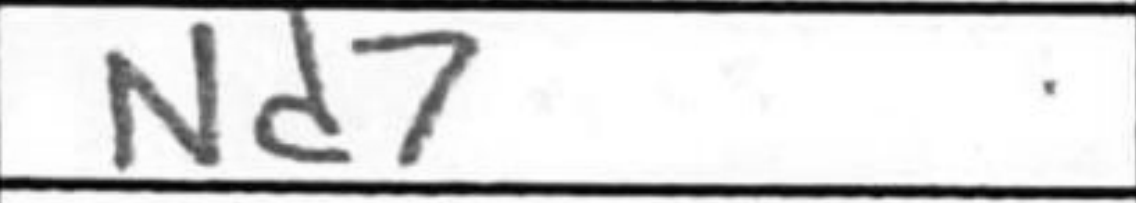
Transcription: Nd7